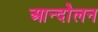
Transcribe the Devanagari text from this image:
आन्दोेलन